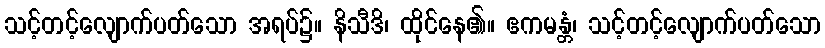
သင့်တင့်လျောက်ပတ်သော အရပ်၌။ နိသီဒိ၊ ထိုင်နေ၏။ ဧကမန္တံ၊ သင့်တင့်လျောက်ပတ်သော